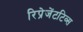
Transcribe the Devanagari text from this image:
रिप्रेजेंटटिव्स